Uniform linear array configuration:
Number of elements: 64
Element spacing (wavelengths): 1
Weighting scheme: binomial
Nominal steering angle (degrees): -15
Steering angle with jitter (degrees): -14.532
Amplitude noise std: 0.05
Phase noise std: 0.05

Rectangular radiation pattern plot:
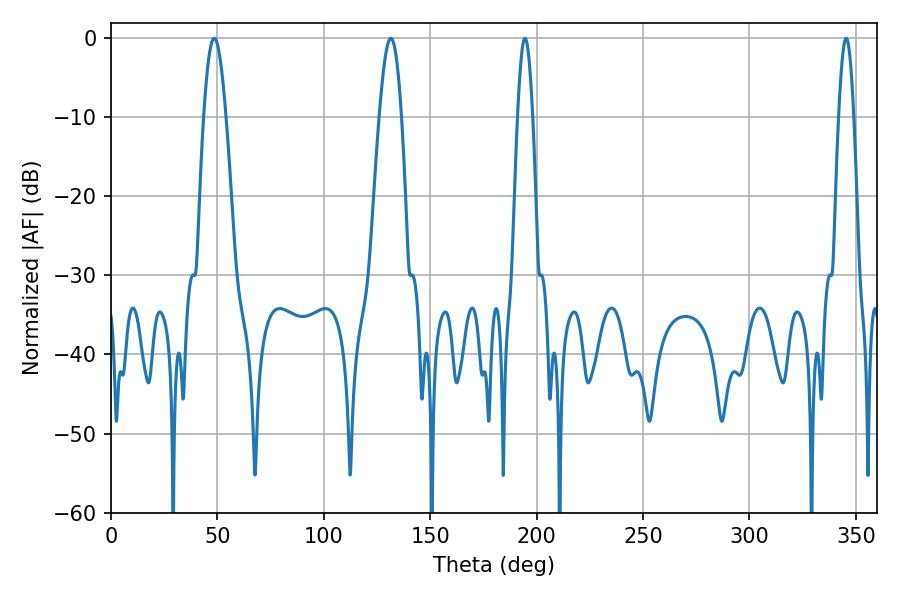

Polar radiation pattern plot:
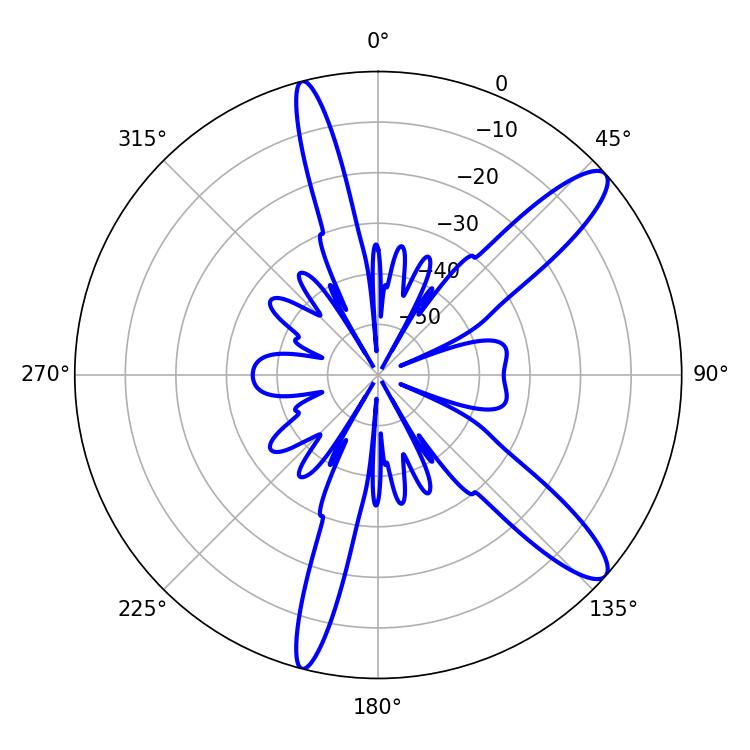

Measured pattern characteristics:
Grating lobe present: TRUE
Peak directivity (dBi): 12.045
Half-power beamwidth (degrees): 3.78
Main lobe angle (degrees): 345.42